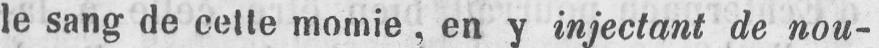
le sang de cette momie, en y injectant de nou-